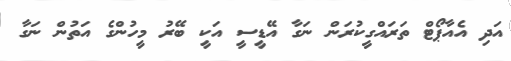
އަދި އެއާޕޯޓް ތަރައްގީކުރަން ނަގާ އޭޑީސީ އަކީ ބޭރު މީހުންގެ އަތުން ނަގާ